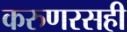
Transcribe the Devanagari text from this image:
करुणरसही